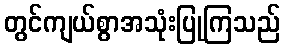
တွင်ကျယ်စွာအသုံးပြုကြသည်